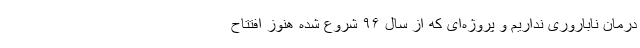
درمان ناباروری نداریم و پروژه‌ای که از سال ۹۶ شروع شده هنوز افتتاح